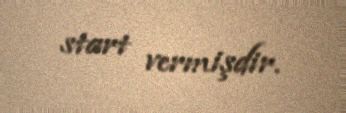
start vermişdir.